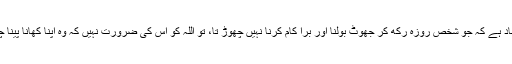
نبی کریم ﷺ کا ارشاد ہے کہ جو شخص روزہ رکھ کر جھوٹ بولنا اور برا کام کرنا نہیں چھوڑ تا، تو اللہ کو اس کی ضرورت نہیں کہ وہ اپنا کھانا پینا چھوڑ دے (بخاری)۔